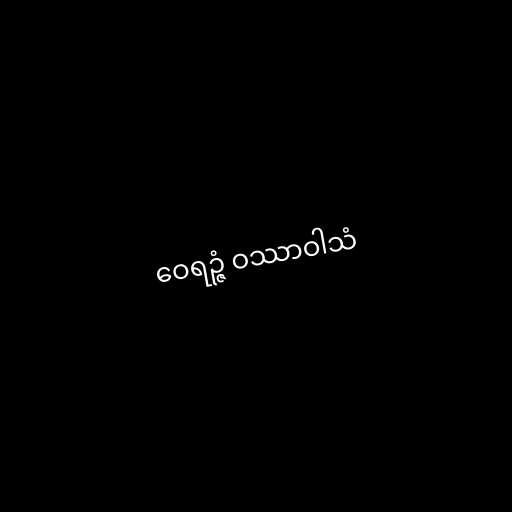
ဝေရဉ္ဇံ ဝဿာဝါသံ